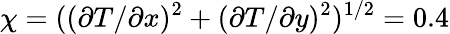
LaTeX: \chi=((\partial T/\partial x)^{2}+(\partial T/\partial y)^{2})^{1/2}=0.4